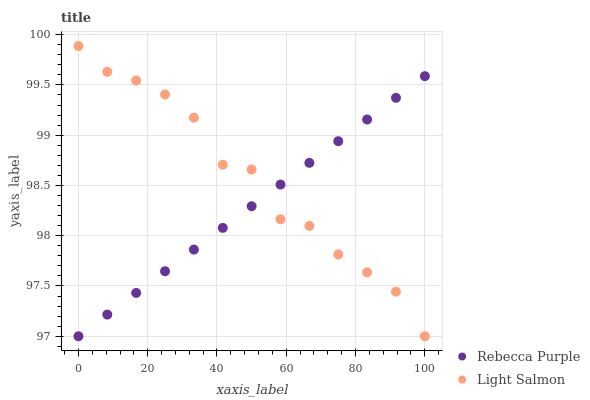
| xaxis_label | Rebecca Purple | Light Salmon |
 | --- | --- | --- |
 | 0 | 97 | 99.9 |
 | 8.33 | 97.2 | 99.6 |
 | 16.7 | 97.4 | 99.5 |
 | 25 | 97.6 | 99.4 |
 | 33.3 | 97.9 | 99.2 |
 | 41.7 | 98.1 | 98.7 |
 | 50 | 98.3 | 98.7 |
 | 58.3 | 98.5 | 98.2 |
 | 66.7 | 98.7 | 98.1 |
 | 75 | 98.9 | 97.8 |
 | 83.3 | 99.2 | 97.6 |
 | 91.7 | 99.4 | 97.4 |
 | 100 | 99.6 | 97 |